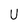
Character: U